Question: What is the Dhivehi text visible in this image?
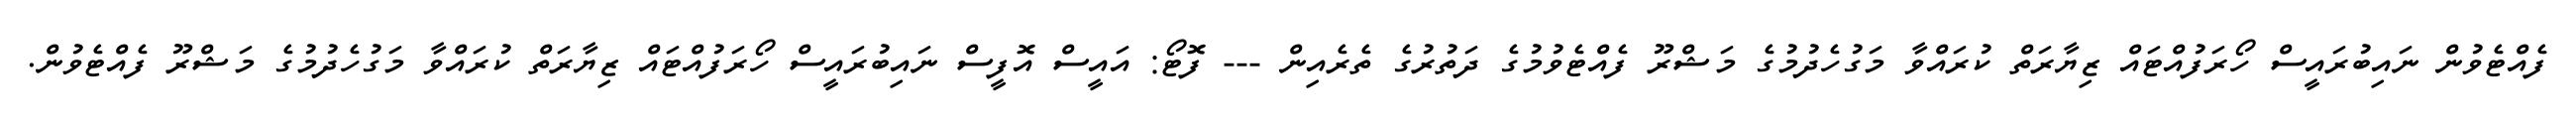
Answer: ފެއްޓެވުން ނައިބުރައީސް ހޯރަފުއްޓައް ޒިޔާރަތް ކުރައްވާ މަގުހެދުމުގެ މަޝްރޫ ފެއްޓެވުމުގެ ދަތުރުގެ ތެރެއިން --- ފޮޓޯ: އައީސް އޮފީސް ނައިބުރައީސް ހޯރަފުއްޓައް ޒިޔާރަތް ކުރައްވާ މަގުހެދުމުގެ މަޝްރޫ ފެއްޓެވުން.